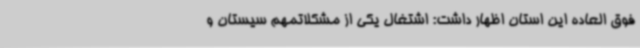
فوق العاده این استان اظهار داشت: اشتغال یکی از مشکلاتمهم سیستان و